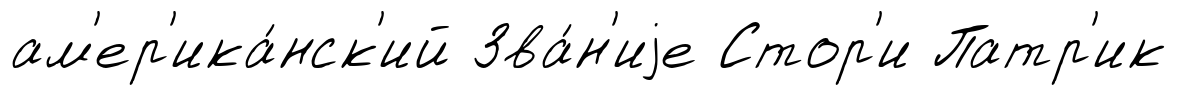
ам'ер'ика́нск'ий Зва́н'иjе Стор'и Патр'ик